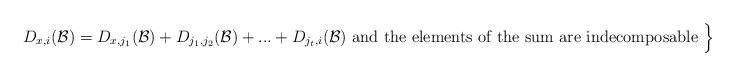
LaTeX: \begin{align*}D_{x,i}({\cal B})=D_{x,j_1}({\cal B})+D_{j_1,j_2}({\cal B})+...+ D_{j_t,i}({\cal B})\textrm{ and the elements of the sum are indecomposable }\Big\}\end{align*}